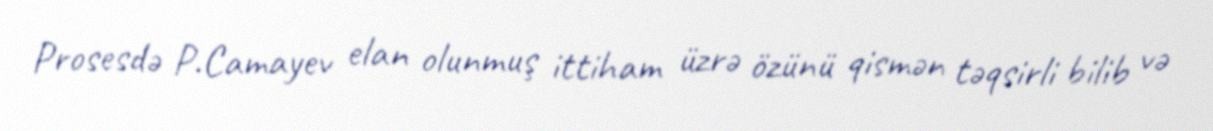
Prosesdə P.Camayev elan olunmuş ittiham üzrə özünü qismən təqsirli bilib və